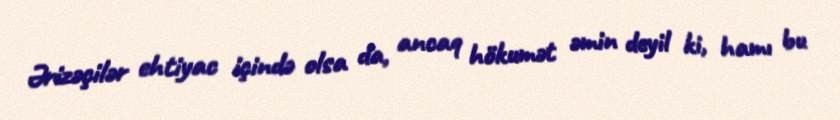
Ərizəçilər ehtiyac içində olsa da, ancaq hökumət əmin deyil ki, hamı bu